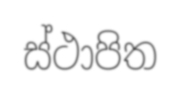
ස්ථාපිත